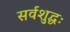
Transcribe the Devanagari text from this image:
सर्वशुद्धः